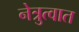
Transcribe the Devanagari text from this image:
नेत्रुत्वात